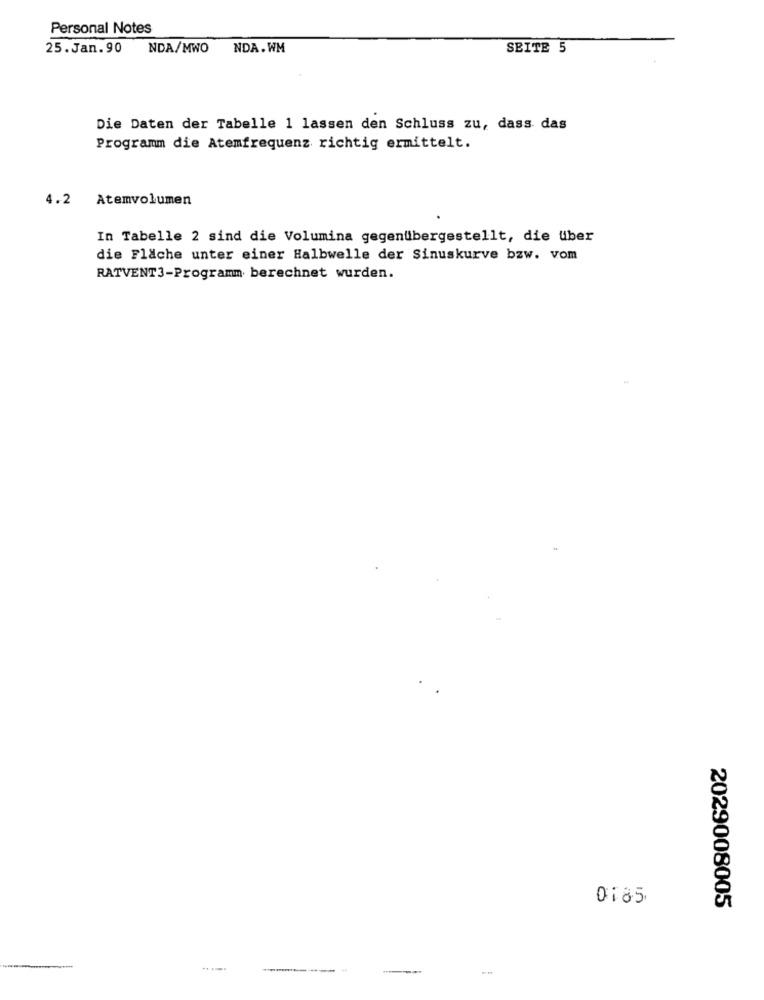
Personal Notes
25.Jan.90
NDA/MWO
NDA.WM
SEITE 5
Die Daten der Tabelle 1 lassen den Schluss zu, dass das
Programm die Atemfrequenz richtig ermittelt.
4.2 Atemvolumen
In Tabelle 2 sind die Volumina gegenübergestellt, die über
die Fläche unter einer Halbwelle der Sinuskurve bzw. vom
RATVENT3-Programm berechnet wurden.
0185
2029008005